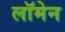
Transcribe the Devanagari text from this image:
लॉमेन